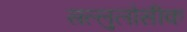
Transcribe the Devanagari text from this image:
सल्लुलोसीक